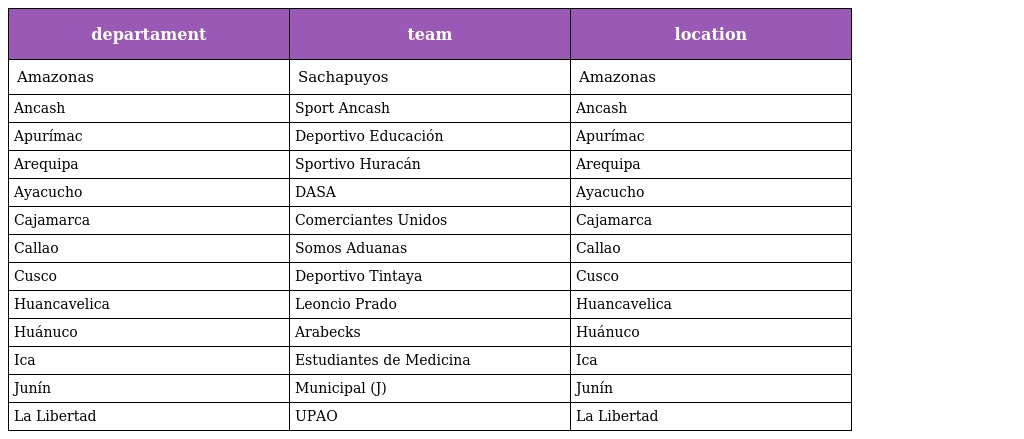
| departament | team | location |
 | --- | --- | --- |
 | Amazonas | Sachapuyos | Amazonas |
 | Ancash | Sport Ancash | Ancash |
 | Apurímac | Deportivo Educación | Apurímac |
 | Arequipa | Sportivo Huracán | Arequipa |
 | Ayacucho | DASA | Ayacucho |
 | Cajamarca | Comerciantes Unidos | Cajamarca |
 | Callao | Somos Aduanas | Callao |
 | Cusco | Deportivo Tintaya | Cusco |
 | Huancavelica | Leoncio Prado | Huancavelica |
 | Huánuco | Arabecks | Huánuco |
 | Ica | Estudiantes de Medicina | Ica |
 | Junín | Municipal (J) | Junín |
 | La Libertad | UPAO | La Libertad |